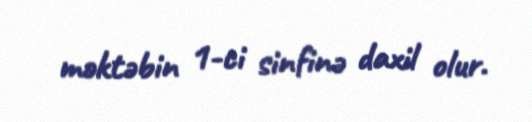
məktəbin 1-ci sinfinə daxil olur.